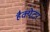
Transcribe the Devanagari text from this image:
हैक्येटर